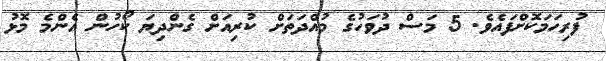
ފުރިހަމަކޮށްފައެވެ. 5 މަސް ދުވަހުގެ މުއްދަތަށް ކުރިއަށް ގެންދިޔަ ކޯހުން އެންމެ މޮޅު